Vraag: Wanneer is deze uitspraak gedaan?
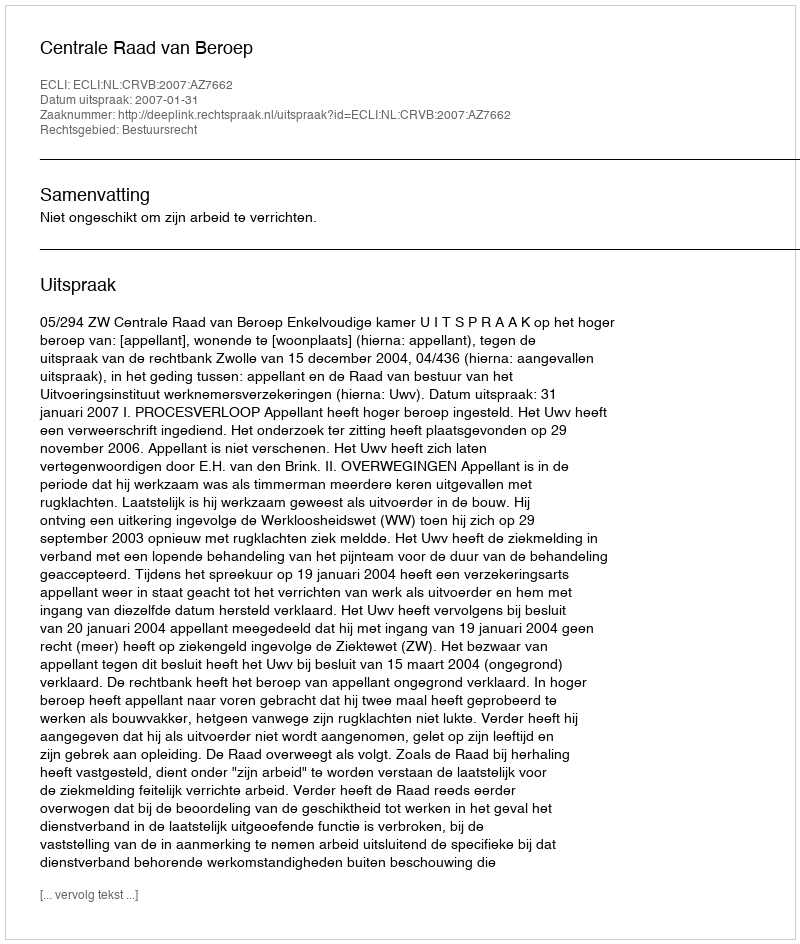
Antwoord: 2007-01-31